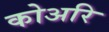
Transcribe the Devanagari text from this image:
कोअरि